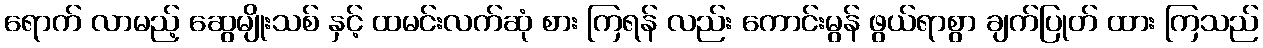
ရောက် လာမည့် ဆွေမျိုးသစ် နှင့် ထမင်းလက်ဆုံ စား ကြရန် လည်း ကောင်းမွန် ဖွယ်ရာစွာ ချက်ပြုတ် ထား ကြသည်